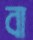
বা